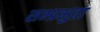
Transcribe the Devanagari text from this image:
सभ्प्रभुता